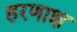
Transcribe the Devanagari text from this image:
हरणाक्ष